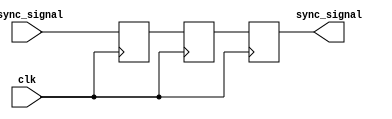
module async_to_sync_converter (
    input wire clk,               // System clock
    input wire async_signal,      // Asynchronous input signal
    output reg sync_signal        // Synchronized output signal
);

    // Internal signals for the dual flip-flop synchronizer
    reg dff1, dff2;

    // Dual Flip-Flop Synchronizer
    always @(posedge clk) begin
        dff1 <= async_signal;  // First flip-flop captures the async signal
        dff2 <= dff1;          // Second flip-flop ensures stability
    end

    // Output logic
    always @(posedge clk) begin
        sync_signal <= dff2;    // Output the synchronized signal
    end

endmodule